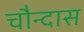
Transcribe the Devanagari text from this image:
चौन्दास